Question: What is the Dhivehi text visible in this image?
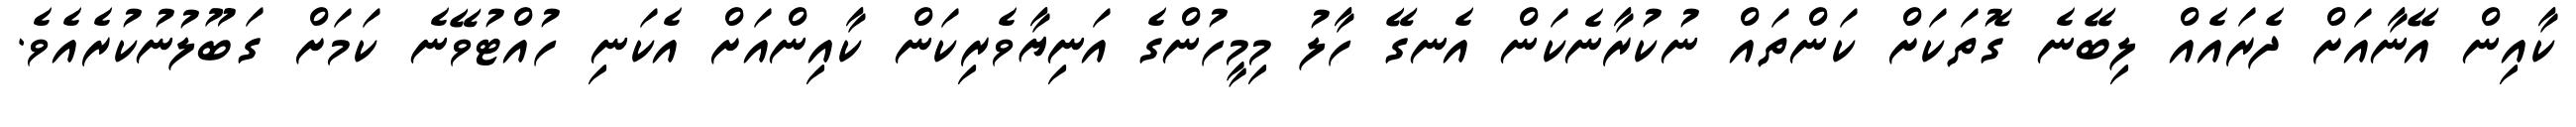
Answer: ކާއިން އޭނާއަށް ދެރައެއް ލިބޭނެ ގޮތަކަށް ކަންތައް ނުކުރާނެކަން އެނގޭ ހާލު މިމީހުންގެ އަނިޔާވެރިކަން ކާއިންއަށް އެކަނި ހުއްޓުވޭނެ ކަމަށް ގަބޫލުނުކުރެއެވެ.